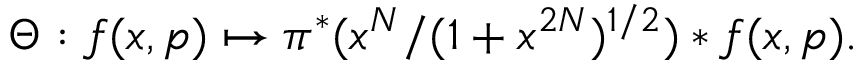
\Theta : f ( x , p ) \mapsto \pi ^ { * } ( x ^ { N } / ( 1 + x ^ { 2 N } ) ^ { { 1 / 2 } } ) * f ( x , p ) .